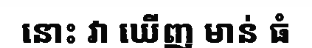
នោះ វា ឃើញ មាន់ ធំ